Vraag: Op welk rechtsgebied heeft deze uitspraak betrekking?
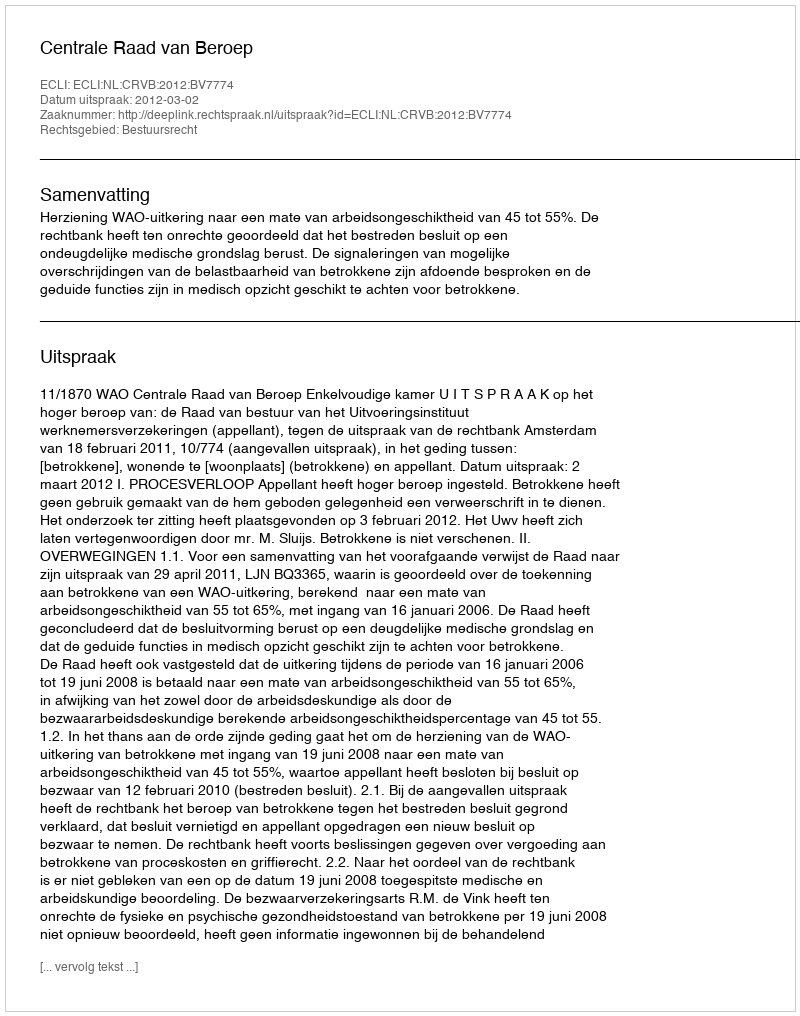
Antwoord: Bestuursrecht